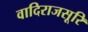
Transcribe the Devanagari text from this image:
वादिराजसूरि